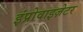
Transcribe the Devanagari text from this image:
इंप्रोवाइज़ेटर